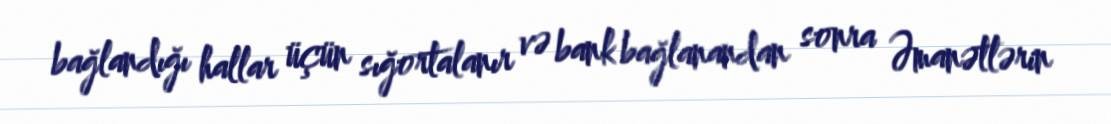
bağlandığı hallar üçün sığortalanır və bank bağlanandan sonra Əmanətlərin